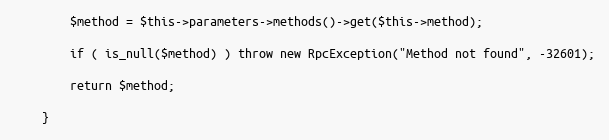
Language: PHP
        $method = $this->parameters->methods()->get($this->method);

        if ( is_null($method) ) throw new RpcException("Method not found", -32601);

        return $method;

    }